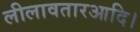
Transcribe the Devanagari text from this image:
लीलावतारआदि।